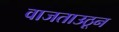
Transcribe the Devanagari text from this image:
वाजताउठून